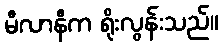
မီလာနီက ရိုးလွန်းသည်။